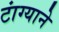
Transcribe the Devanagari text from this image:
टांग्याने